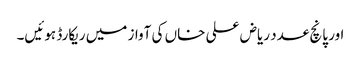
اور پانچ عدد ریاض علی خاں کی آواز میں ریکارڈ ہوئیں۔